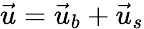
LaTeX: \vec{u}=\vec{u}_{b}+\vec{u}_{s}